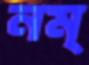
নম্